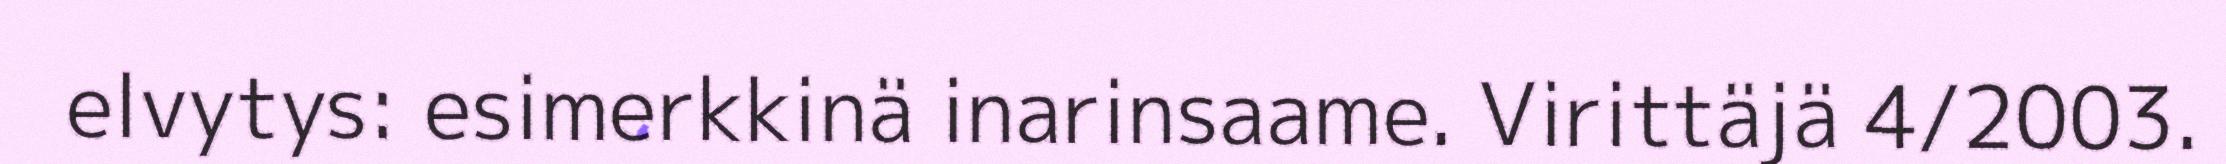
elvytys: esimerkkinä inarinsaame. Virittäjä 4/2003.